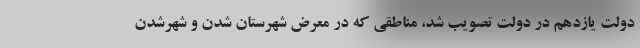
دولت یازدهم در دولت تصویب شد، مناطقی که در معرض شهرستان شدن و شهرشدن